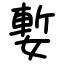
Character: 㜞